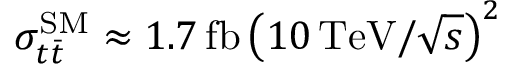
\sigma _ { t \bar { t } } ^ { \mathrm { S M } } \approx 1 . 7 \, \mathrm { f b } \, \big ( { 1 0 \, \mathrm { T e V } } / { \sqrt { s } } \big ) ^ { 2 }